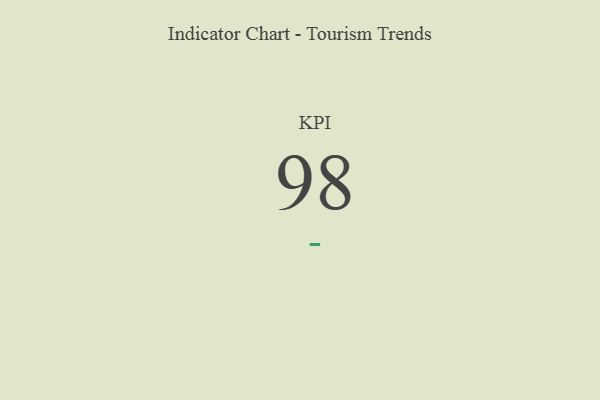
{"axis": {"x": "KPI", "y": "Value"}, "legend": [""], "data": [{"x": "KPI", "y": 98, "type": ""}]}